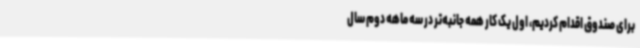
برای صندوق اقدام کردیم، اول یک کار همه جانبه‌تر در سه ماهه دوم سال